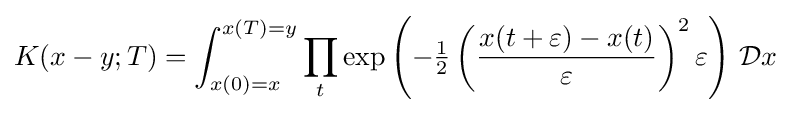
K(x-y;T)=\int _{x(0)=x}^{x(T)=y}\prod _{t}\exp \left(-{\tfrac {1}{2}}\left({\frac {x(t+\varepsilon )-x(t)}{\varepsilon }}\right)^{2}\varepsilon \right)\,{\mathcal {D}}x